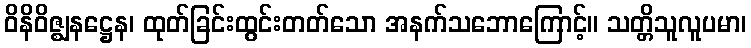
ဝိနိဝိဇ္ဈနဋ္ဌေန၊ ထုတ်ခြင်းထွင်းတတ်သော အနက်သဘောကြောင့်။ သတ္တိသူလူပမာ၊